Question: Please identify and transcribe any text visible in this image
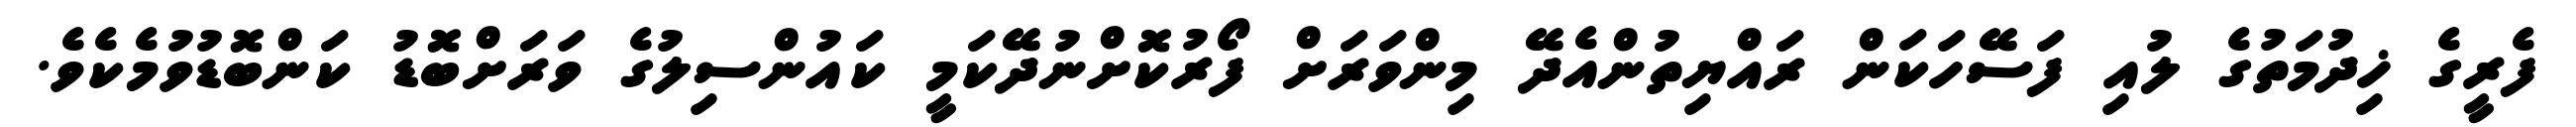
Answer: ފެރީގެ ޚިދުމަތުގެ ލުއި ފަސޭހަކަން ރައްޔިތުންއެދޭ މިންވަރަށް ފޯރުކޮށްނުދޭކަމީ ކައުންސިލުގެ ވަރަށްބޮޑު ކަންބޮޑުވުމެކެވެ.